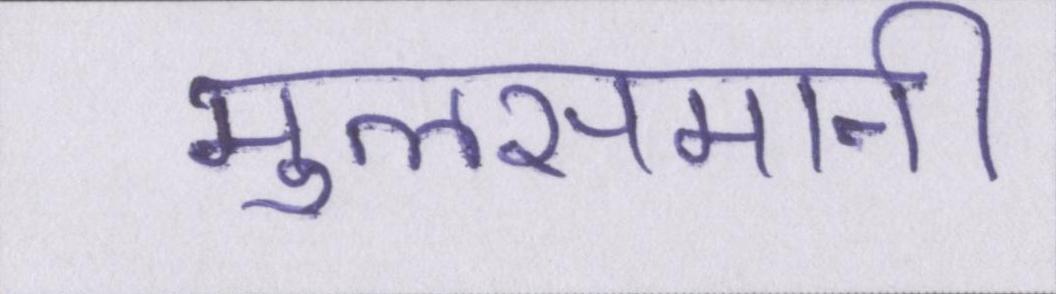
मुलसमानी